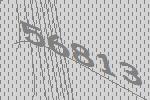
56813